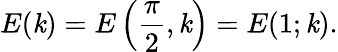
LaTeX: E(\mathit{k})=E\left({\frac{{\pi}}{{2}}},\mathit{k}\right)=E(1;\mathit{k}).